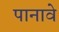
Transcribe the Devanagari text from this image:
पानावे